Scottish Certificate of Education, 1962
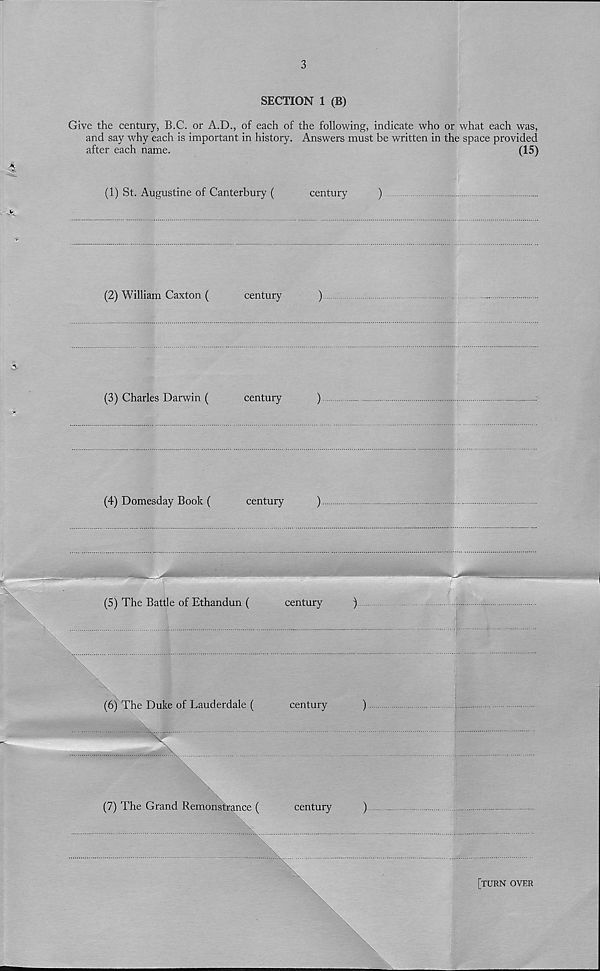
3
>
SECTION 1 (B)
Give the century, B.C. or A.D., of each of the following, indicate who or what each was,
and say why each is important in history. Answers must be written in the space provided
after each name.
(15)
(1) St. Augustine of Canterbury (
century
)
(2) William Caxton (
century
)
(3) Charles Darwin (
century
)
(4) Domesday Book (
century
)
(5) The Battle of Ethandun (
century
)
(6) The Duke of Lauderdale (
century
)
(7) The Grand Remonstrance (
century
)
[turn over